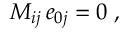
\begin{array} { r } { M _ { i j } \, e _ { 0 j } = 0 \; , } \end{array}